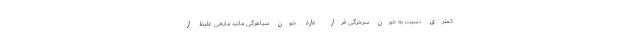
کمتری نسبت به خون سرخرگی قرار دارد. خون سیاهرگی مانند مایعی غلیظ از